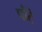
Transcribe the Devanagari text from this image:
पौंटे